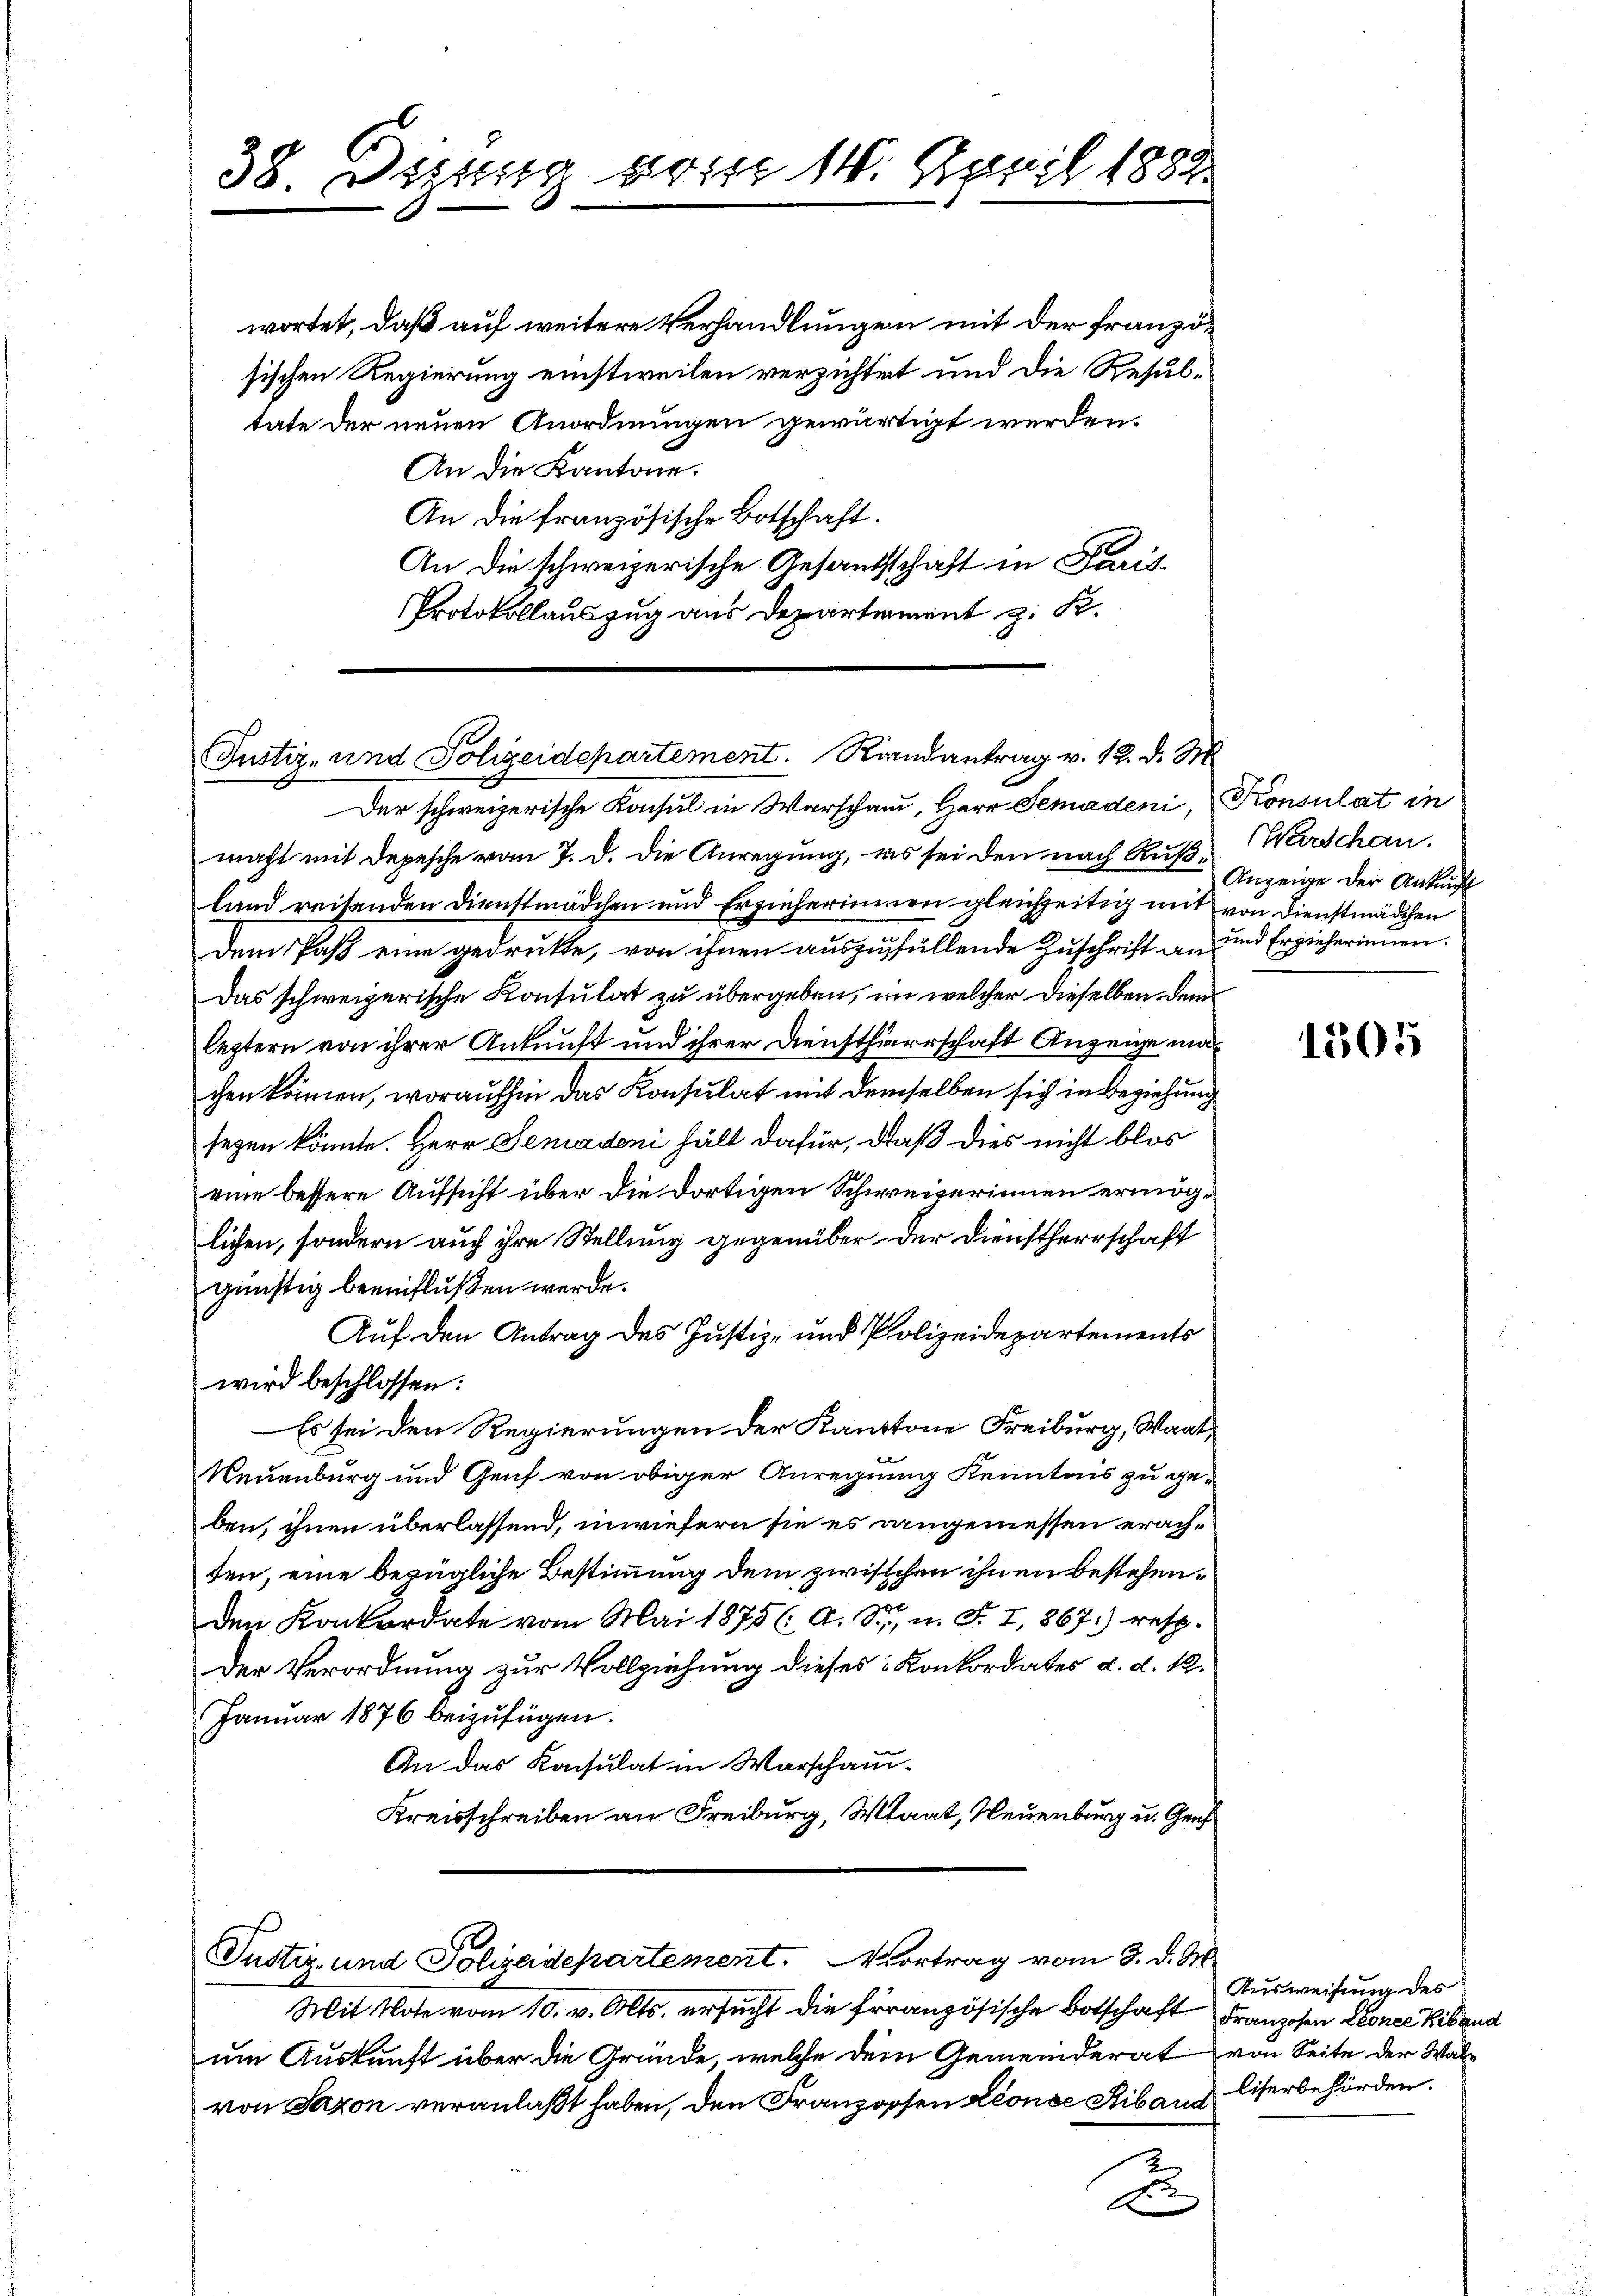
38. Deung wir 14. Maril 1882

wortet, daß auf weitere Verhandlungen mit der französischen Regierung einstweilen verzichtet und die Resultate der neuen Anordnungen gewärtigt werden.
An die Kantone.
An die französische Botschaft.
An die schweizerische Gesandtschaft in Paris
Protokollauszug aus Departement z. K.

1
Justiz- und Polizeidepartement. Riandantrag v. 12. d. M.
Der schweizerische Konsul in Warschau, Herr Gemadeni, Konsulat in

Justiz- und Polizeidepartement. Vortrag vom 3. d. M.

macht mit Depesche vom 7. d. die Anregung, es sei den nach Rußland reisenden Dienstmädchen und Erzieherinnen gleichzeitig mit von Dienstmädchen
Dem Paß eine gedrukte, von ihnen auszufüllende Zuschrift an und Erzieherinnen.
Das schweizerische Konsulat zu übergeben, im welcher dieselben dem
leztern von ihrer Ankunft und ihrer Dienstherrschaft Anzeige machen können, woraufhin das Konsulat mit demselben sich in Beziehung
sezen könnte. Herr Semadeni hält dafür, daß dies nicht blos
eine bessere Aufsicht über die dortigen Schweizerinnen ermöglichen, sondern auch ihre Stellung gegenüber der Dienstherrschaft
günstig beeinflußen werde.
Auf den Antrag des Justiz- und Polizeidepartements
wird beschlossen:
Es sei den Regierungen der Kantone Freiburg, Waat¬
Neuenburg und Genf von obiger Anregung Kenntnis zu geben, ihnen überlassend, inwiefern sie es angemessen erachten, eine bezügliche Bestimmung dem zwischen ihnen bestehenden Konkordate vom Mai 1875 ( A. S., n. F. I, 867.) resp.
der Verordnung zur Vollziehung dieses Konkordates d. d. 12.
Januar 1876 beizufügen.
An das Konsulat in Warschau-
Kreisschreiben an Freiburg, Waat, Neuenburg u. Gens¬

Mit Note vom 10. v. Mts. ersucht die französische Botschaft
um Auskunft über die Gründe, welche dem Gemeinderat
von Saxon veranlaßt haben, den Franzosen Leonae Riband

A.

2

Warschan.
Anzeige der Ankunft

1505

Ausweisung des
Franzosen Leonee Kiband
von Seite der Walliserbehörden.